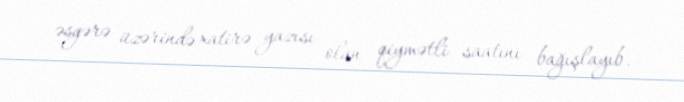
əsgərə üzərində xatirə yazısı olan qiymətli saatını bağışlayıb.